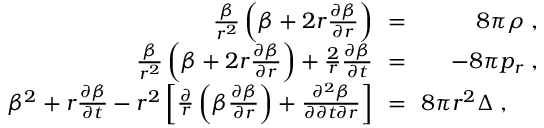
\begin{array} { r l r } { \frac { \beta } { r ^ { 2 } } \left( \beta + 2 r { \frac { \partial \beta } { \partial r } } \right) \! \! } & { = } & { \! \! 8 \pi \rho \; , } \\ { \frac { \beta } { r ^ { 2 } } \left( \beta + 2 r \frac { \partial \beta } { \partial r } \right) + \frac { 2 } { r } \frac { \partial \beta } { \partial t } \! \! } & { = } & { \! \! - 8 \pi p _ { r } \; , } \\ { \beta ^ { 2 } + r \frac { \partial \beta } { \partial t } - r ^ { 2 } \left[ { \frac { \partial } { r } \left( \beta { \frac { \partial \beta } { \partial r } } \right) + \frac { \partial ^ { 2 } \beta } { \partial \partial t \partial r } } \right] \! \! } & { = } & { \! \! 8 \pi r ^ { 2 } \Delta \; , \; \; \; \; \; } \end{array}